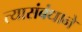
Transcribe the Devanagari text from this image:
त्यासंबंधाने